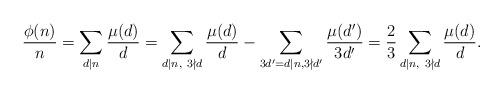
LaTeX: \begin{align*} \frac{\phi(n)}{n} = \sum_{d|n}\frac{\mu(d)}{d} = \sum_{d|n,~3 \nmid d}\frac{\mu(d)}{d} - \sum_{3d'=d|n,3 \nmid d'}\frac{\mu(d')}{3d'} = \frac{2}{3}\sum_{d|n,~3 \nmid d}\frac{\mu(d)}{d}.\end{align*}